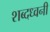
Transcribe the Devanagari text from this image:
शब्दध्वनी